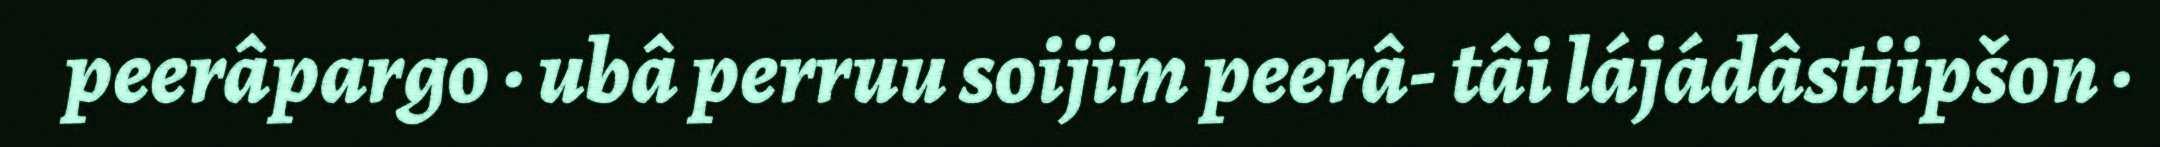
peerâpargo · ubâ perruu soijim peerâ- tâi lájádâstiipšon ·